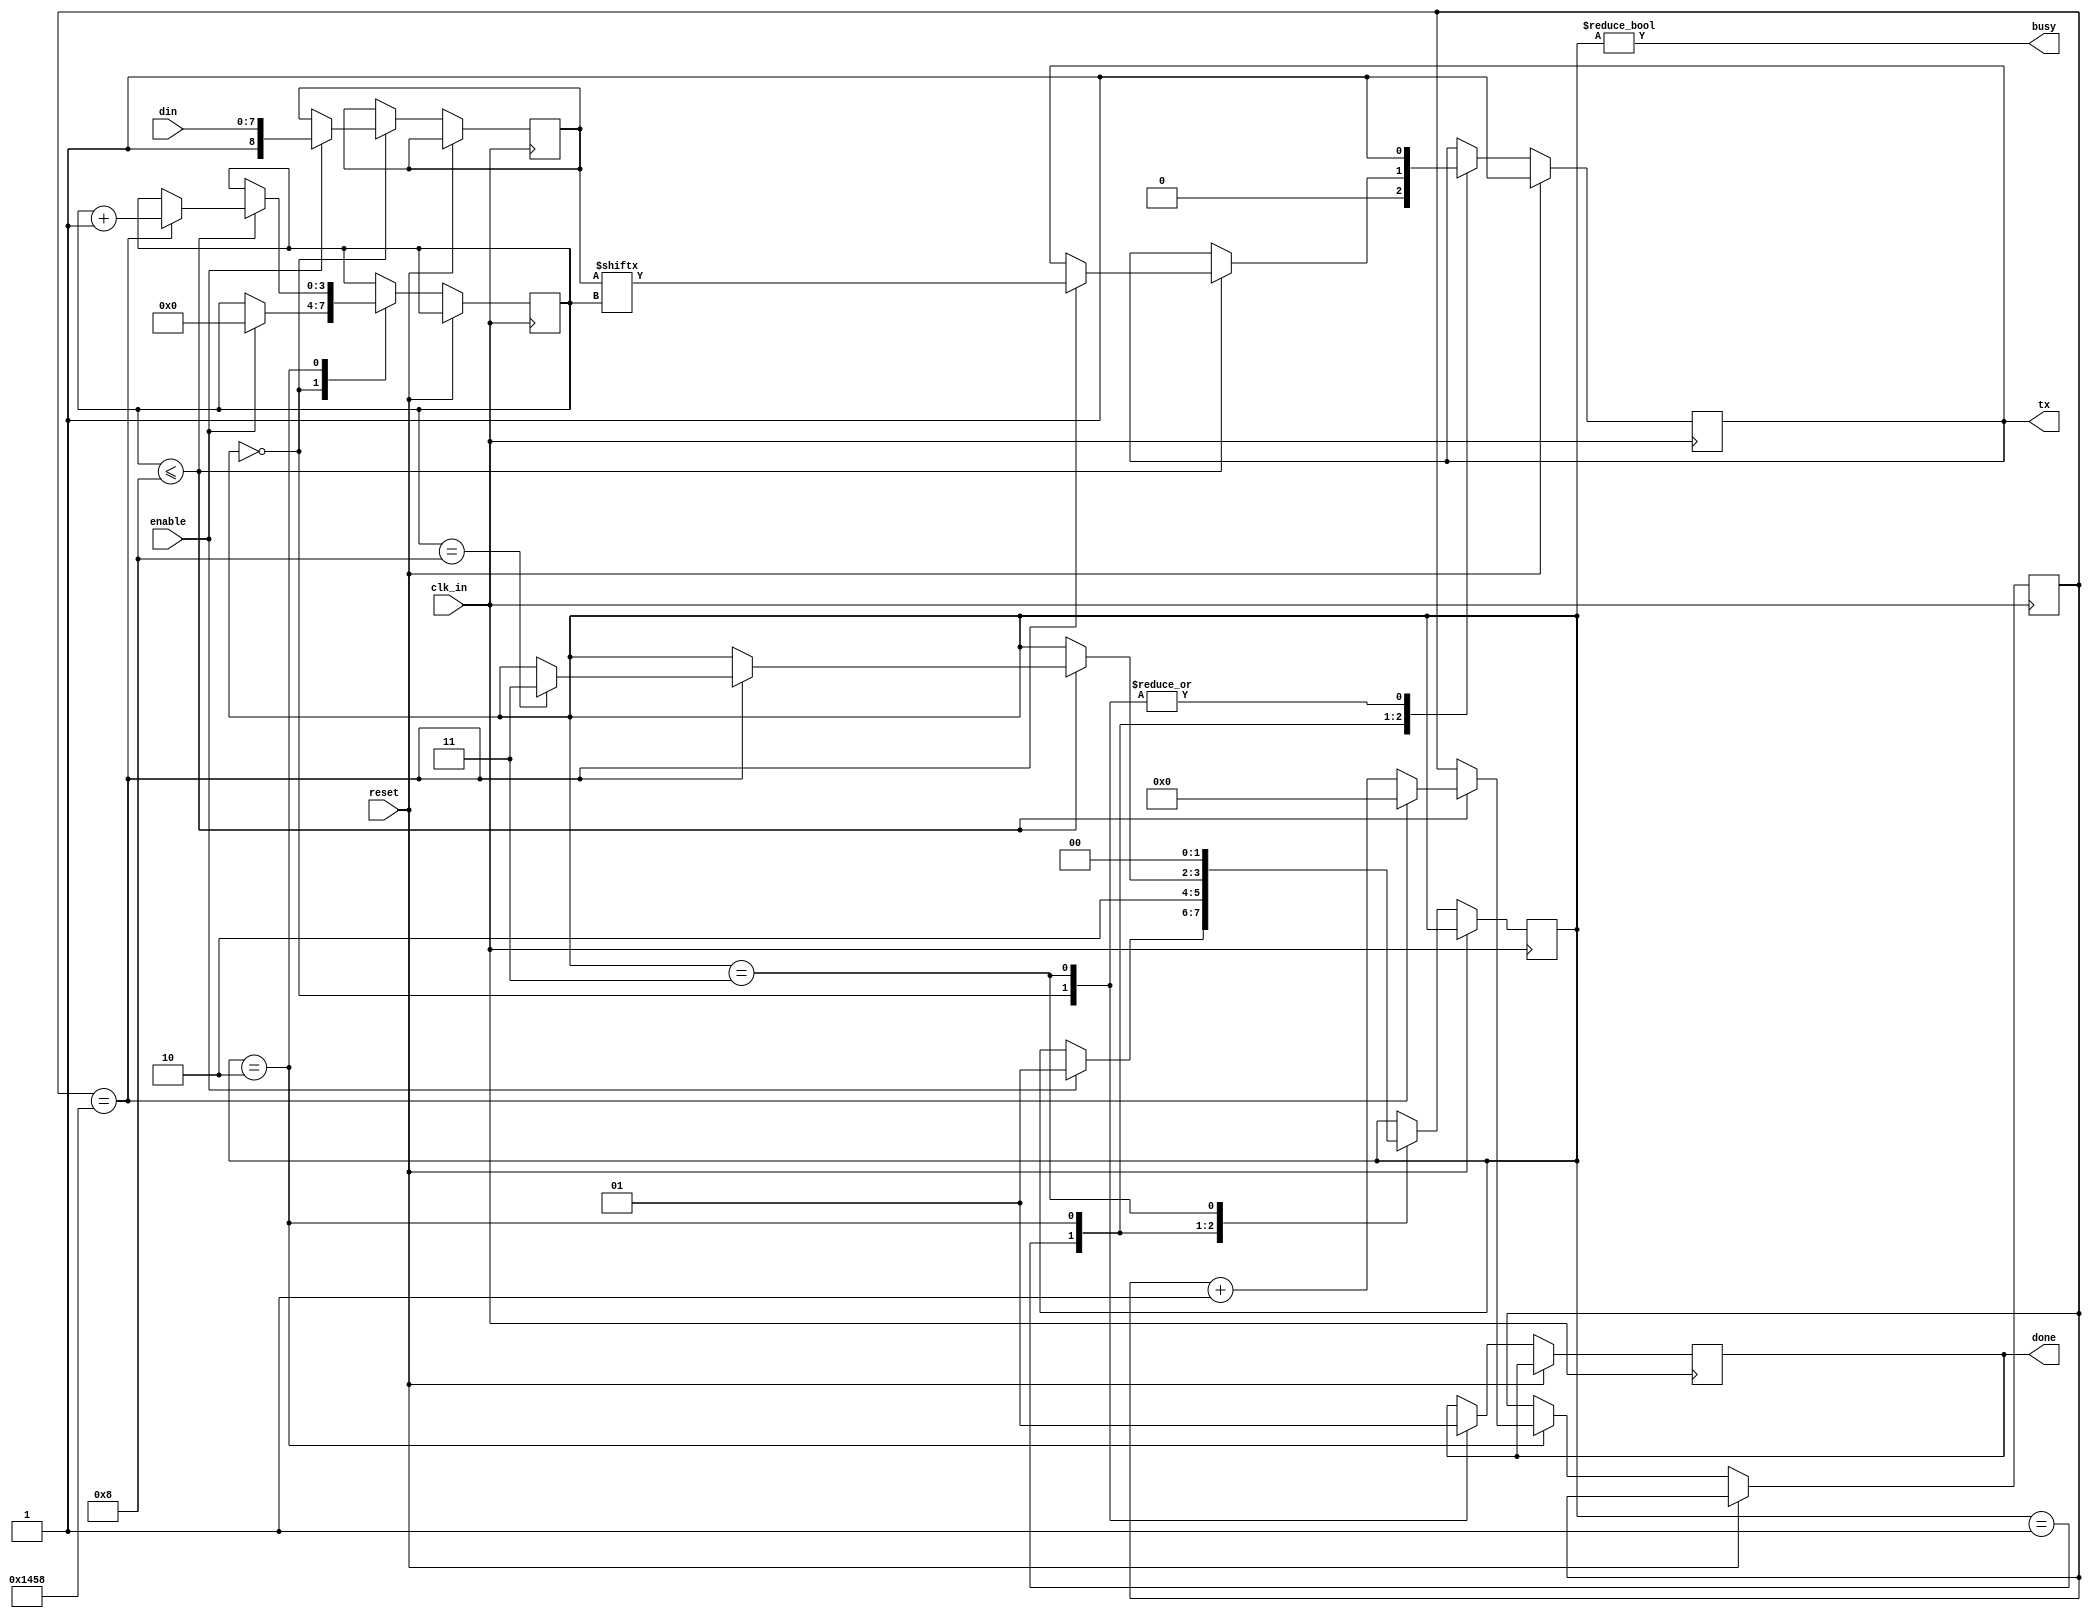
module transmision (input enable, 
                    input clk_in,
                    input reset,
                    input wire [7:0] din,   
                    output busy, 
                    output reg done, 
                    output reg tx);

parameter count = 8;


initial begin
	tx <= 1'b1;
    done=0;
end

parameter STATE_IDLE	= 2'b00;
parameter STATE_START	= 2'b01;
parameter STATE_DATA	= 2'b10;
parameter STATE_STOP	= 2'b11;

reg [8:0] data = 8'b11111111;
reg [3:0] bitpos = 0;
reg [1:0] state = STATE_IDLE;
reg [31:0] counter=0;

always @(posedge clk_in) begin 
    if (reset)
        tx <= 1'b1;
    else begin
        case (state)
	        STATE_IDLE: begin
                done<=0;
                tx <= 1'b1;
                if (enable)begin
	    		    state <= STATE_START;
	    		    data <= {1'h01,din};
	    		    bitpos <= 0;
                end
    	    end
    	    STATE_START: begin
    			tx <= 1'b0;
    			state <= STATE_DATA;
    	    end
    	    STATE_DATA: begin  
        			if(bitpos <= count)begin
                        counter <= counter +1; 
                        if (counter==5208) begin
           				tx<=data[bitpos];
    		    		bitpos <= bitpos + 1;
                        counter<=0;
                           if (bitpos==count)
                            state<=STATE_STOP;
    		    	    end
                    end
    	    end
        	STATE_STOP: begin
    			tx <= 1'b1;
                done<=1;
    			state <= STATE_IDLE;
    	    end
    	    default: begin
    		    tx <= 1'b1;
    	    	state <= STATE_IDLE;
    	    end
    	endcase
    end
end

assign busy = (state != STATE_IDLE);

endmodule